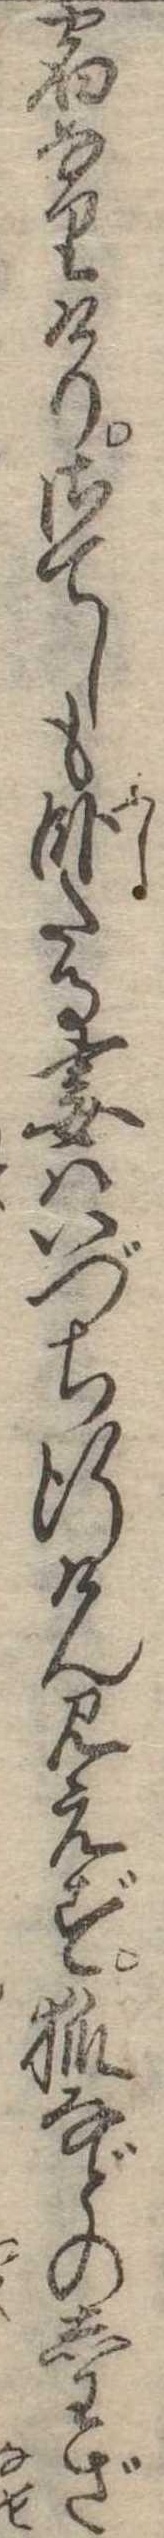
宿なりけりさてしも臥たる妻はいづち行けん見えず狐などのしわざ